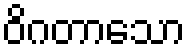
ဝိဂတာသော